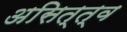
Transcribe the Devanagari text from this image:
असित्त्व